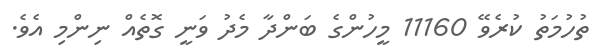
ތުހުމަތު ކުރެވޭ 11160 މީހުންގެ ބަންދާ މެދު ވަނީ ގޮތެއް ނިންމި އެވެ.